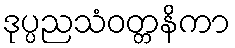
ဒုပ္ပညသံဝတ္တနိကာ